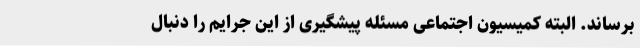
برساند. البته کمیسیون اجتماعی مسئله پیشگیری از این جرایم را دنبال